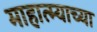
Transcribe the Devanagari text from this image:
माहात्म्याच्या